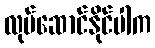
လုပ်ဆောင်နိုင်ပါက